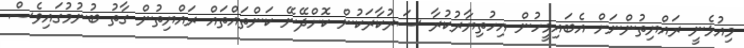
މިއުޅެނީ ރައްޔިތުންނަށް އެބައިމީހުން އިހުތިޔާރުކުރާ ސަރުކާރަކުން ކޮށްދޭނޭ ކަންތައްތައް ރައްޔިތުން ގާތު ބުނުމުގައިވެސް